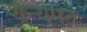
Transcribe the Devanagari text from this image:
शून्यमदः